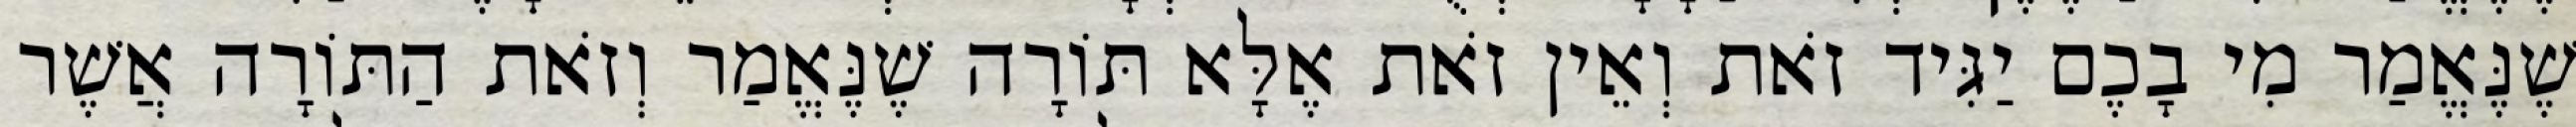
שֶׁנֶּאֱמַר מִי בָכֶם יַגִּיד זֹאת וְאֵין זֹאת אֶלָּא תּוֹרָה שֶׁנֶּאֱמַר וְזֹאת הַתּוֹרָה אֲשֶׁר